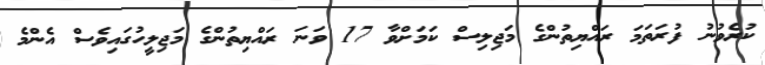
ކުރެވުނު ފުރަތަމަ ރައްޔިތުންގެ މަޖިލިސް ކަމަށްވާ 17 ވަނަ ރައްޔިތުންގެ މަޖިލީހުގައިވެސް އެންމެ